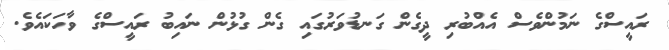
ރައީސްގެ ނަމުންވެސް އެއްބުރި ދީގެން ގަނޑުވަރުގައި ގެން ގުޅުން ނައިބު ރައީސްގެ ވާހަކައެވެ.